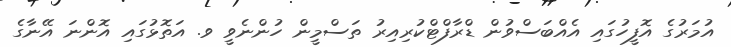
އުމަރުގެ އޮފީހުގައި އެއްބަސްވުން ޑްރާފްޓްކުރިއިރު ތަސްމީން ހުންނެވީ ވ. އަތޮޅުގައި އޮންނަ އޭނާގެ